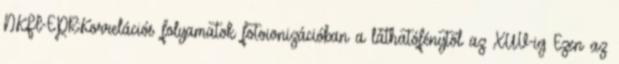
NKFI-EPR:Korrelációs folyamatok fotoionizációban a láthatófénytől az XUV-ig Ezen az